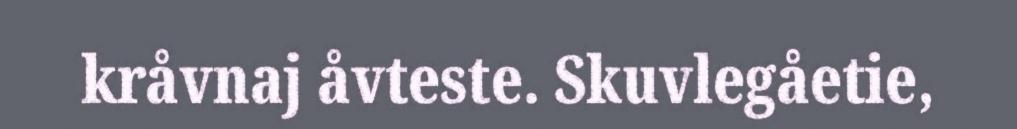
kråvnaj åvteste. Skuvlegåetie,